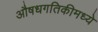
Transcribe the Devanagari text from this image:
औषधगतिकीमध्ये